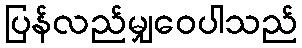
ပြန်လည်မျှဝေပါသည်